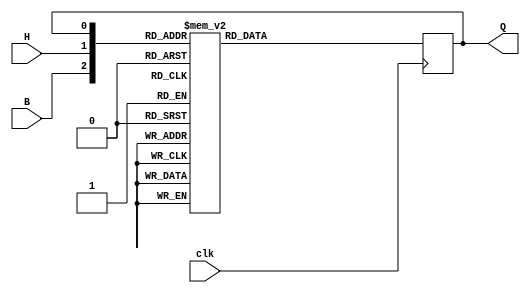
`timescale 1ns / 1ps


module bh(input B, input H, input clk, output reg Q);

    initial begin
        Q = 1;
    end
	 
		wire[2:0] inp ; 
		assign inp = {B,H,Q};
	 
	 always @(posedge clk)
		begin	 
		
		 case(inp)
			3'b000: Q <=1;
			3'b001: Q <=0;
			3'b010: Q <=1;
			3'b011: Q <=1;
			3'b100: Q <=0;
			3'b101: Q <=0;
			3'b110: Q <=0;
			3'b111: Q <=1;
			
			default: Q <= 1'bx;
		 
		 
		 endcase
		 
		end

	

endmodule

module ic1337(// Inputs
              input A0,
              input A1,
              input A2,
              input clk,
              // Outputs
              output Q0,
              output Q1,
              output Z);
	
	/*
	
	wire d1 ; 
	wire B1 ;
	wire HB ;
	wire d2;
	wire h2 ;
	
	
	
	xor(d1,A0,!A1);
	or(B1,d1,A2);
	and(HB,A0,!A2);
	
	nor(d2,!A0,A1);
	and(h2,A2,d2);
	
	
	bh ff1 (B1,HB,clk,Q0);
	bh ff2 (HB,h2,clk,Q1);
	
	wire l ; 
	xor(l,Q0,Q1);
	not(Z,l);
	
	*/
	
	
	assign B1 = (A0 != !A1) || A2  ;
	assign middle  = A0 & !A2 ;
	assign H2 =  (!(!A0 || A1)) & A2 ; 
	
	bh FF1(B1, middle, clk, Q0);	
	bh FF2(middle, H2, clk, Q1);

	assign Z = Q0==Q1 ;// !(Q0 != Q1)
	

endmodule